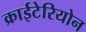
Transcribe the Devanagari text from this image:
क्राईटेरियोन